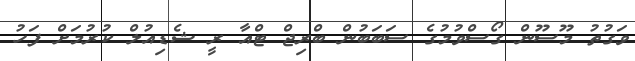
ވަގުތު މޫސޫން ގޯސްވުމުގެ ސަބަބުން ބްރިޖް ޓްއާ ރީ ޝެޑިއުލް ކުރުމަށް ފަހު